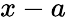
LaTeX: x-a